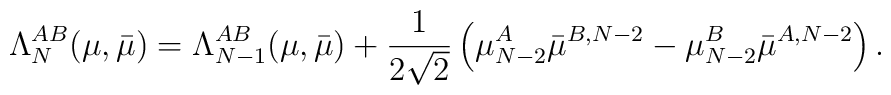
\Lambda^{AB}_N (\mu, \bar\mu) =\Lambda^{AB}_{N - 1} (\mu, \bar\mu)+ \frac{1}{2 \sqrt{2}} \left( \mu^A_{N - 2} \bar\mu^{B, N - 2}- \mu^B_{N - 2} \bar\mu^{A, N - 2} \right) .